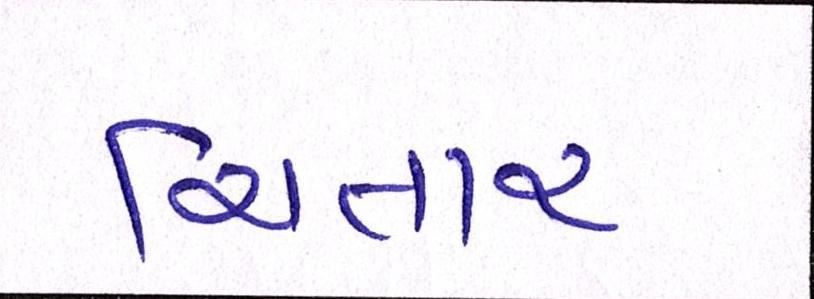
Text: ચિતાર